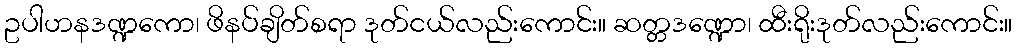
ဥပါဟနဒဏ္ဍကော၊ ဖိနပ်ချိတ်စရာ ဒုတ်ငယ်လည်းကောင်း။ ဆတ္တဒဏ္ဍော၊ ထီးရိုးဒုတ်လည်းကောင်း။